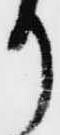
り